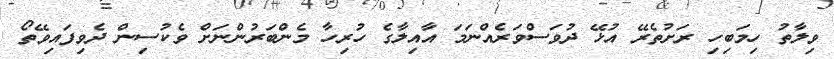
ވިލާތު ހިމަބިހި ރަށުތެރޭ އުޅޭ ދުވަސްވަރެއްނަމަ އާއިލާގެ ހުރިހާ މެންބަރުންނަށް ވެކުސިން ދެވިފައިވޭތޯ